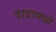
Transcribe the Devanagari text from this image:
वादामध्ये